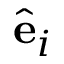
{ \hat { \mathbf { e } } } _ { i }